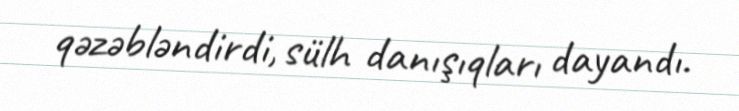
qəzəbləndirdi, sülh danışıqları dayandı.